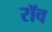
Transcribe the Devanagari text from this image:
रॉव